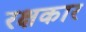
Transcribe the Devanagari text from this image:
रक्षकार